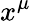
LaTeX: x^{\mu}